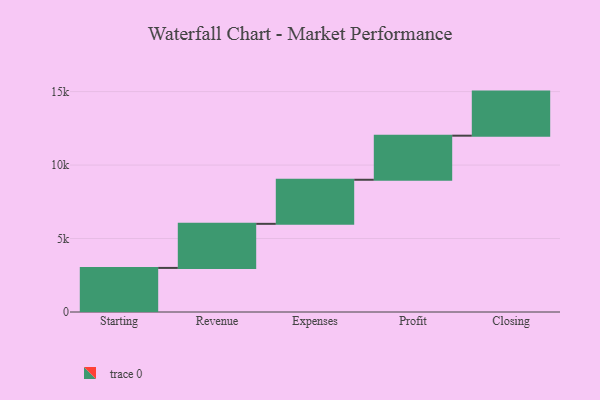
{"axis": {"x": "Step", "y": "Value"}, "legend": [""], "data": [{"x": "Starting", "y": 3000, "type": ""}, {"x": "Revenue", "y": 3000, "type": ""}, {"x": "Expenses", "y": 3000, "type": ""}, {"x": "Profit", "y": 3000, "type": ""}, {"x": "Closing", "y": 3000, "type": ""}]}